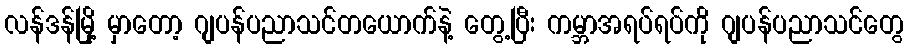
လန်ဒန်မြို့ မှာတော့ ဂျပန်ပညာသင်တယောက်နဲ့ တွေ့ပြီး ကမ္ဘာအရပ်ရပ်ကို ဂျပန်ပညာသင်တွေ